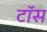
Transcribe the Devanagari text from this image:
टाॅस